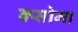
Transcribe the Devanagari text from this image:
क्सोमा